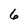
Character: 6